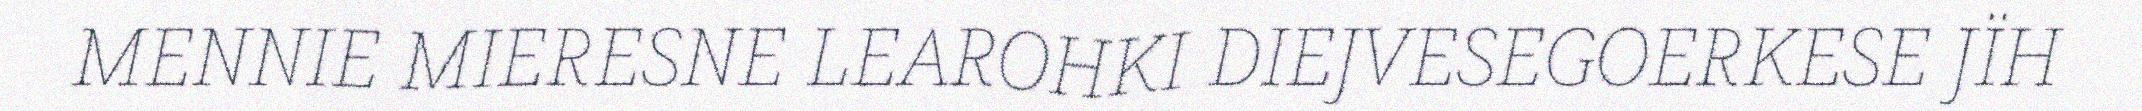
MENNIE MIERESNE LEAROHKI DIEJVESEGOERKESE JÏH